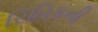
રિતિકની